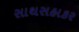
સાથસહાકર